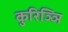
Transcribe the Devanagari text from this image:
कुरिञ्ञि